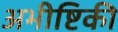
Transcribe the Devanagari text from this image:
अभीष्टिकी